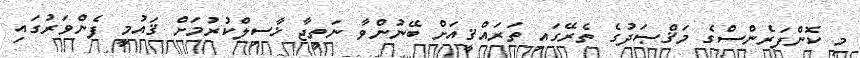
މި ކޮންފަރެންސްގެ މަޤްޞަދުގެ ތެރޭގައި ތަރައްޤީއަށް ބޭނުންވާ ނަތީޖާ ޚާސިލްކުރުމަށް ޤައުމީ ފެންވަރުގައި